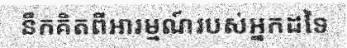
នឹកគិតពីអារម្មណ៍របស់អ្នកដទៃ